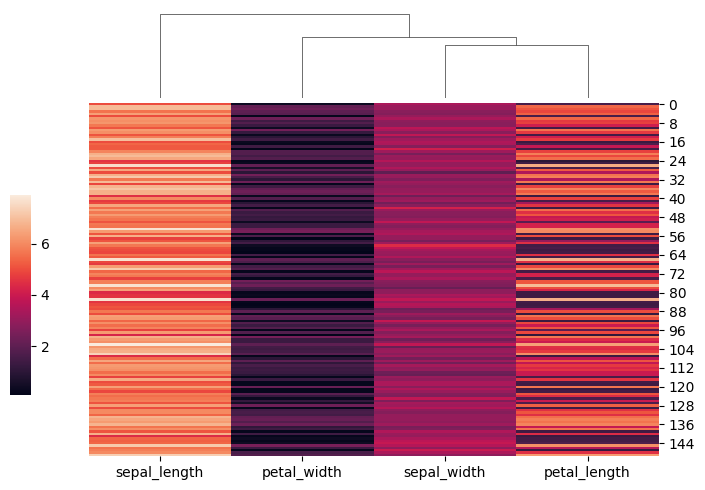
python, seaborn, clustermap, figsize=(7, 5), row_cluster=False, dendrogram_ratio=(0.1, 0.2), cbar_pos=(0, 0.2, 0.03, 0.4)